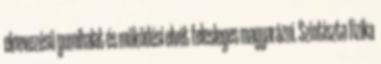
elnevezésű gumihalat és működési elvét felesleges magyarázni. Színtiszta fizika